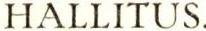
HALLITUS.